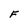
Character: F